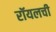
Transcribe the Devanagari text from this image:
रॉयलची